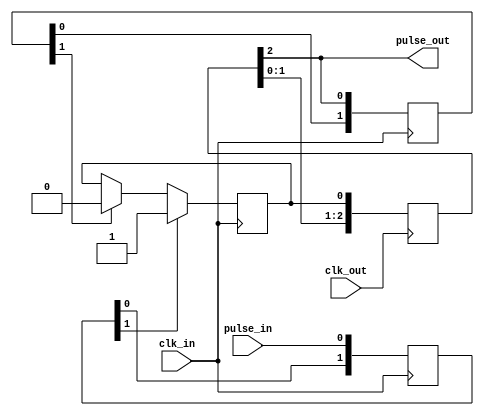
module cdc_reset_sync_1 (
    input wire clk_in,
    input wire pulse_in,
    input wire clk_out,
    output wire pulse_out
);
wire aq_sync;
reg [1:0] in_pre_sync;
always@(posedge clk_in) begin
    in_pre_sync[0] <= pulse_in;
    in_pre_sync[1] <= in_pre_sync[0];
end
reg in_sync_pulse;
initial in_sync_pulse = 0; 
always@(posedge clk_in) begin
    if (in_pre_sync[1])
        in_sync_pulse <= 1;
    else if (aq_sync)
        in_sync_pulse <= 0;
end
reg [2:0] out_sync;
always@(posedge clk_out) begin
    out_sync[0] <= in_sync_pulse;
    out_sync[1] <= out_sync[0];
    out_sync[2] <= out_sync[1];
end
assign pulse_out = out_sync[2];	
reg [1:0] aq_sync_ff;
always@(posedge clk_in) begin
    aq_sync_ff[0] <= out_sync[2];
    aq_sync_ff[1] <= aq_sync_ff[0];
end
assign aq_sync = aq_sync_ff[1];
endmodule